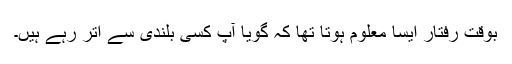
بوقت ِرفتار ایسا معلوم ہوتا تھا کہ گویا آپ کسی بلندی سے اتر رہے ہیں۔